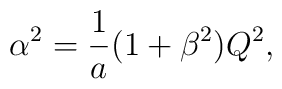
\alpha ^2 = {1 \over a} ( 1 + \beta ^2) Q^2 ,